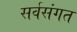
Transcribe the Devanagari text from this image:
सर्वसंगत